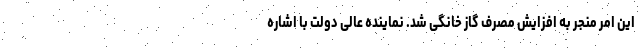
این امر منجر به افزایش مصرف گاز خانگی شد. نماینده عالی دولت با اشاره